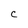
Character: C